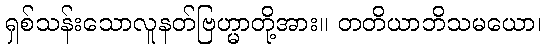
ရှစ်သန်းသောလူနတ်ဗြဟ္မာတို့အား။ တတိယာဘိသမယော၊